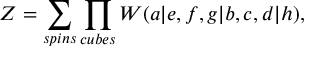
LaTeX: Z = \sum _ { s p i n s } \prod _ { c u b e s } W ( a | e , f , g | b , c , d | h ) ,